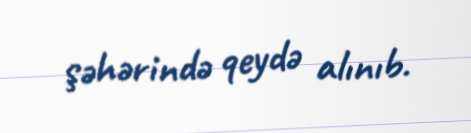
şəhərində qeydə alınıb.